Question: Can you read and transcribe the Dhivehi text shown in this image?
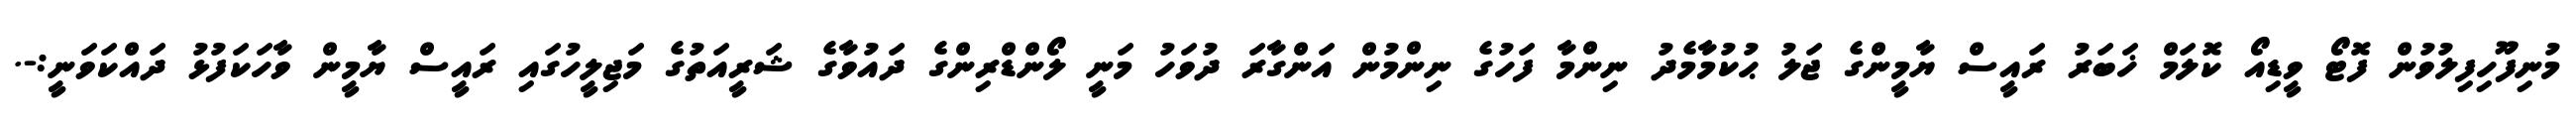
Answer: މުނިފޫހިފިލުވުން ފޮޓޯ ވީޑިއޯ ކޮލަމް ޚަބަރު ރައީސް ޔާމީންގެ ޖަލު ޙުކުމާމެދު ނިންމާ ފަހުގެ ނިންމުން އަންގާރަ ދުވަހު މަނީ ލޯންޑްރިންގެ ދައުވާގެ ޝަރީއަތުގެ މަޖިލީހުގައި ރައީސް ޔާމީން ވާހަކަފުޅު ދައްކަވަނީ:-.